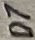
Text: D7